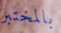
بالمختبر